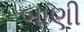
બાણી